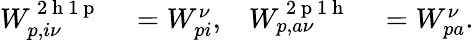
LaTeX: \begin{array}{rlrl}{W_{p,i\nu}^{\mathrm{~2~h~1~p~}}}&{{}=W_{pi}^{\nu},}&{W_{p,a\nu}^{\mathrm{~2~p~1~h~}}}&{{}=W_{pa}^{\nu}.}\end{array}